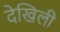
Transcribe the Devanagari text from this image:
देखिली